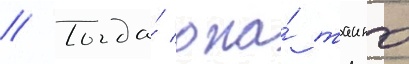
// Тогда́ она́ таино